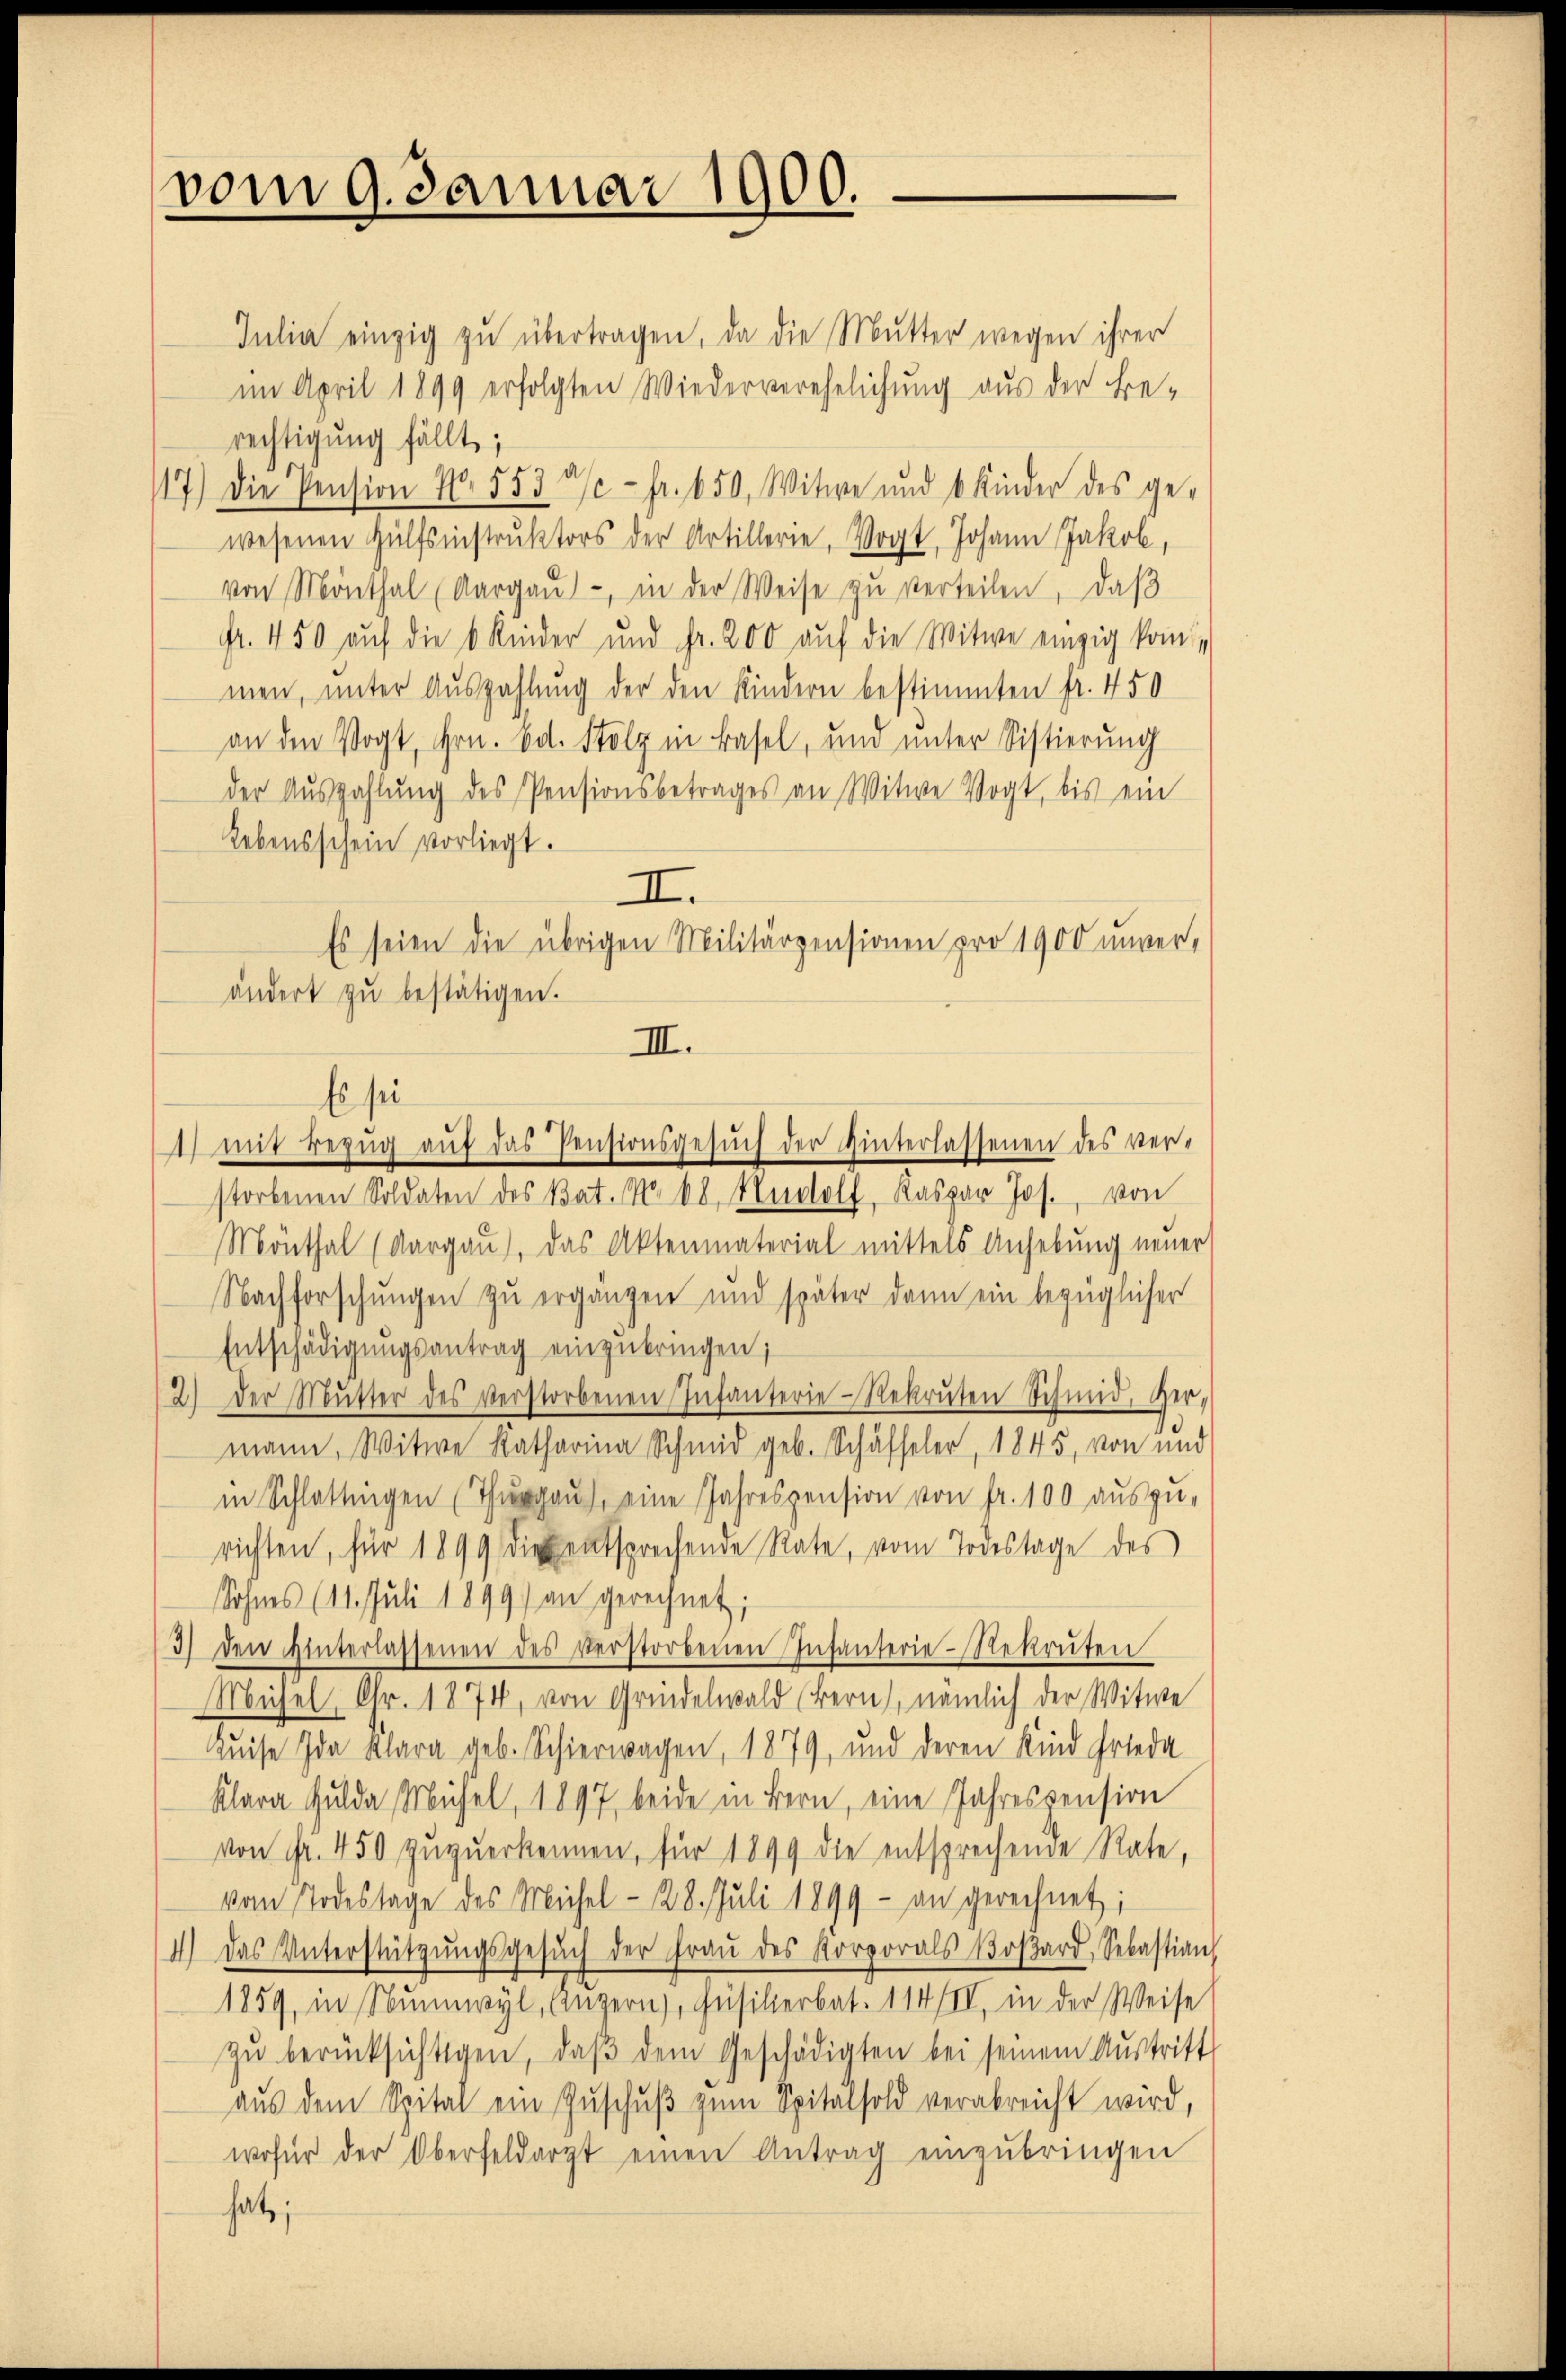
vom 9. Januar 1900.

Es seien die übrigen Militärpensionen pro 1900 unver-
ändert zŭ bestätigen.
III.
Es sei
1) mit Bezŭg aŭf das Pensionsgesŭch der Hinterlassenen des ver¬

Julia einzig zŭ übertragen, da die Mutter wegen ihrer
im April 1899 erfolgten Wiederverehelichung aus der Be-
rechtigung fällt;
17.) Die Pension Nr. 553 3/ - fr. 650, Witwe und 6 Kinder des ge-
wesenen Hülfsinstrŭktors der Artillerie, Vogt, Johann Jakob,
von Monthal (Aargaŭ) - in der Weise zu verteilen, daß
fr. 450 auf die 6 Kinder und Fr. 200 aŭf die Witwe einzig kom
men, unter Auszahlung der den Kindern bestimmten fr. 450
an den Vogt, Hrn. Ed. Stolz in Basel, und unter Sistierŭng
der Auszahlŭng des Pensionsbetrages an Witwe Vogt, bis ein
Lebensschein vorliegt.
II.
storbenen Soldaten des Bat. No. 6. Neudolf, Kaspar Jos. von
Mönthal (Aargaŭ), das Aktenmaterial mittels Anhebŭng neŭer
Nachforschungen zu ergängen und später dann ein bezüglicher
Entschädigungsantrag einzubringen;
2.) Der Mŭtter des verstorbenen Infanterie-Rekruten Schmid, Her-
mann, Witwe Katharina Schmid geb. Schäffeler, 1845, von und
in Schlattingen (Thŭrgaŭ, eine Jahrespension von fr. 100 aŭszŭ-
richten, für 1899 die entsprechende Rate, vom Todestage des
Sohnes (11. Juli 1899) an gerechnet;
3) den Hinterlassenen des verstorbenen Infanterie-Rekruten
Müchel, Nr. 1874, von Gründelwald (Bern, nämlich der Witwe
Luise Ida Klara geb. Schierwagen, 1879, und deren Kind Erleda
Klara Gulde Mühel, 1897 beide in Bern, eine Jahrespension
von Fr. 450 zŭzŭerkennen, für 1899 die entsprechende Rate,
vom Todestage des Michel- 28. Juli 1899 - an gerechnet;
4.) Das Unterstützŭngsgesŭch der Fraŭ des Korporals Boβard, Sebastian,
1859, in Nŭnwyl, Einzern, Füsilierbat. 114/II, in der Weise
zŭ berücksichtigen, daβ dem Geschädigten bei seinem Aŭstritt
aŭs dem Spital ein Zŭschŭβ zŭm Spitalfold verabreicht wird,
wofür der Oberfeldarzt einen Antrag einzŭbringen
hat;